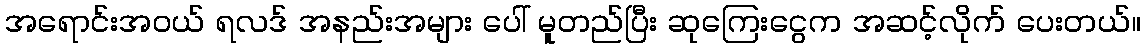
အရောင်းအဝယ် ရလဒ် အနည်းအများ ပေါ် မူတည်ပြီး ဆုကြေးငွေက အဆင့်လိုက် ပေးတယ်။